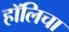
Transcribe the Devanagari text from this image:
हॉलिचा